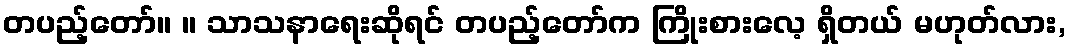
တပည့်တော်။ ။ သာသနာရေးဆိုရင် တပည့်တော်က ကြိုးစားလေ့ ရှိတယ် မဟုတ်လား,